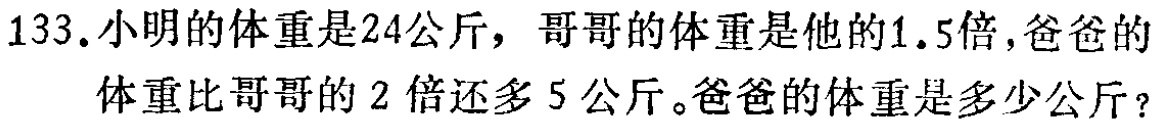
133.小明的体重是24公斤，哥哥的体重是他的1.5倍,爸爸的体重比哥哥的2倍还多5公斤。爸爸的体重是多少公斤？